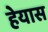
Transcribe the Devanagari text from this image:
हेयास